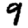
Digit: 9